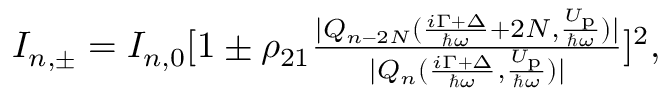
\begin{array} { r } { I _ { n , \pm } = I _ { n , 0 } [ 1 \pm \rho _ { 2 1 } \frac { | Q _ { n - 2 N } ( \frac { i \Gamma + \Delta } { \hbar \omega } + 2 N , \frac { U _ { \mathrm { p } } } { \hbar \omega } ) | } { | Q _ { n } ( \frac { i \Gamma + \Delta } { \hbar \omega } , \frac { U _ { \mathrm { p } } } { \hbar \omega } ) | } ] ^ { 2 } , } \end{array}